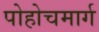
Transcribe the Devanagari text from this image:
पोहोचमार्ग